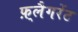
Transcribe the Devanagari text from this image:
फ़्लैगरेंट